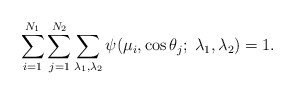
\begin{align*}\sum_{i=1}^{N_1}\sum_{j=1}^{N_2}\sum_{\lambda_1,\lambda_2}\psi(\mu_i,\cos\theta_j;\; \lambda_1,\lambda_2)=1.\end{align*}